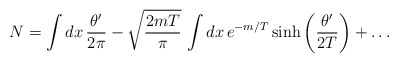
\begin{align*}N=\int dx\, \frac{\theta^\prime}{2\pi} -\sqrt{\frac{2mT}{\pi}}\,\int dx\, e^{-m/T}\, {\rm sinh}\left(\frac{\theta^\prime}{2T}\right)+\dots\end{align*}